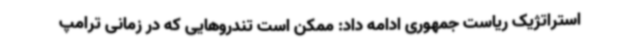
استراتژیک ریاست جمهوری ادامه داد: ممکن است تندروهایی که در زمانی ترامپ